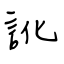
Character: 訛